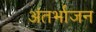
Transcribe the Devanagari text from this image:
अंतर्भाजन